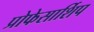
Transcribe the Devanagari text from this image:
प्रोफेसार्शिप